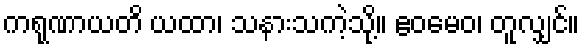
ကရုဏာယတိ ယထာ၊ သနားသကဲ့သို့။ ဧဝမေဝ၊ တူလျှင်။